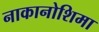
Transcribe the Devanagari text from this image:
नाकानोशिमा